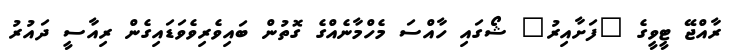
ރާއްޖޭ ޓީވީގެ "ފަށާއިރު" ޝޯގައި ހާއްސަ މެހްމާނެއްގެ ގޮތުން ބައިވެރިވެވަޑައިގެން ރިއާސީ ދައުރު